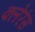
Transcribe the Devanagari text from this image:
क्लेरंस